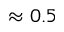
\approx 0 . 5